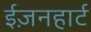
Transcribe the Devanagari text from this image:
ईज़नहार्ट